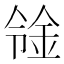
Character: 𨥷